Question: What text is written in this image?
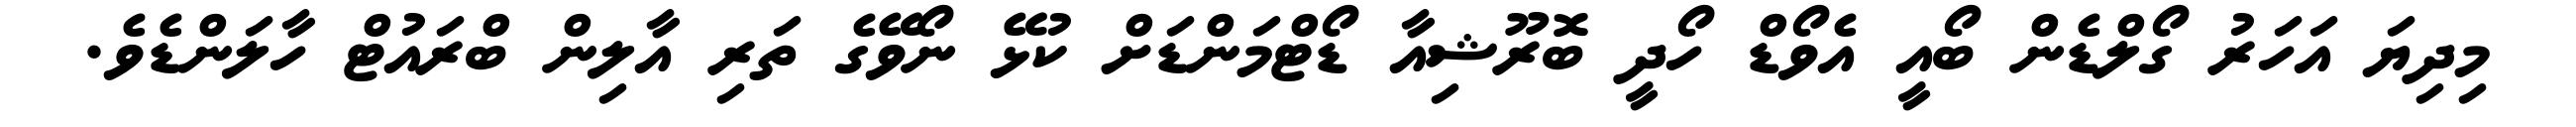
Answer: މިދިޔަ އަހަރު ގޯލްޑެން ބޯއީ އެވޯޑް ހޯދީ ބޮރޫޝިއާ ޑޯޓްމަންޑަށް ކުޅޭ ނޯވޭގެ ތަރި އާލިން ބްރައުޓް ހާލަންޑެވެ.